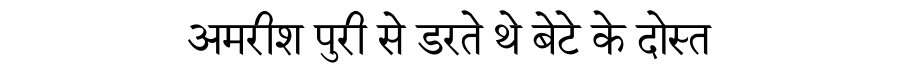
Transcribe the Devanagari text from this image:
अमरीश पुरी से डरते थे बेटे के दोस्त